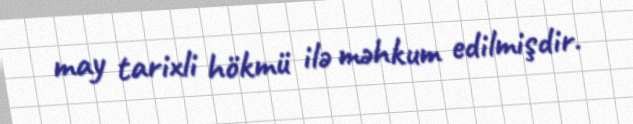
may tarixli hökmü ilə məhkum edilmişdir.